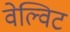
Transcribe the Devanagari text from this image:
वेल्विट